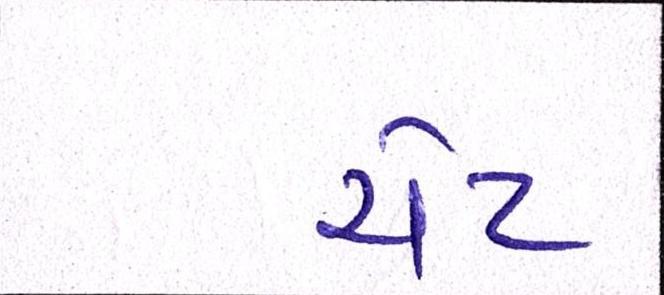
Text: ચેટ